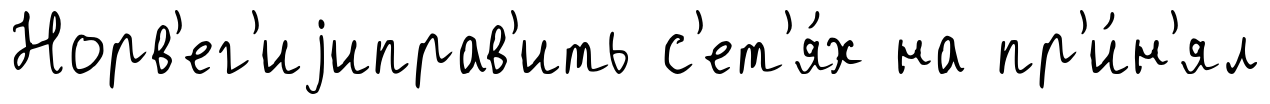
Норв'ег'иjиправ'ить с'ет'я́х на пр'и́н'ял